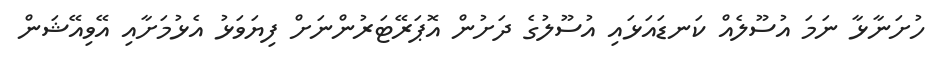
ހުށަނާޅާ ނަމަ އުސޫލެއް ކަނޑައަޅައި އުސޫލުގެ ދަށުން އޮޕަރޭޓަރުންނަށް ފިޔަވަޅު އެޅުމަށާއި އޭވިއޭޝަން